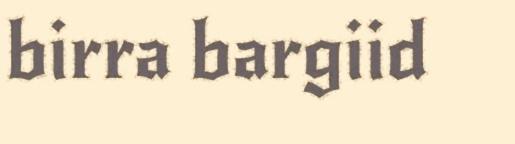
birra bargiid